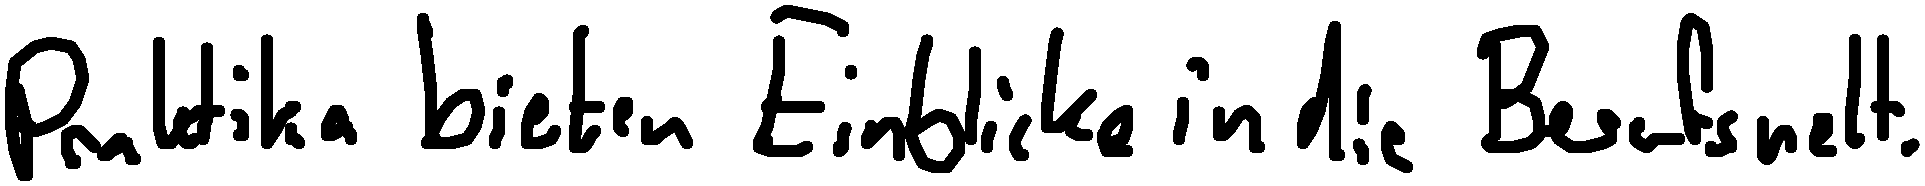
Praktika bieten Einblicke in die Berufswelt.